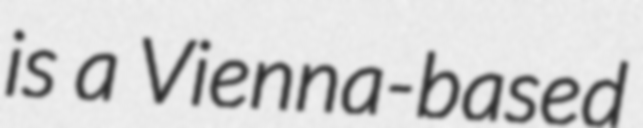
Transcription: is a Vienna-based